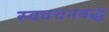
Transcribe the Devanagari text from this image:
स्ववचनबद्ध